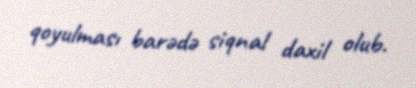
qoyulması barədə siqnal daxil olub.